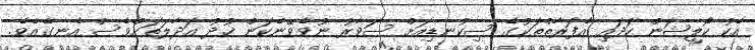
އެކު ކޯލިޝަން ހަދައި އެފަރާތްތަކުގެ ސިކުނޑިއަށް ސަވާރު ނުވެވޭނެކަން ޚުދު އަދާލަތަށްވެސް އެނގެއެވެ.